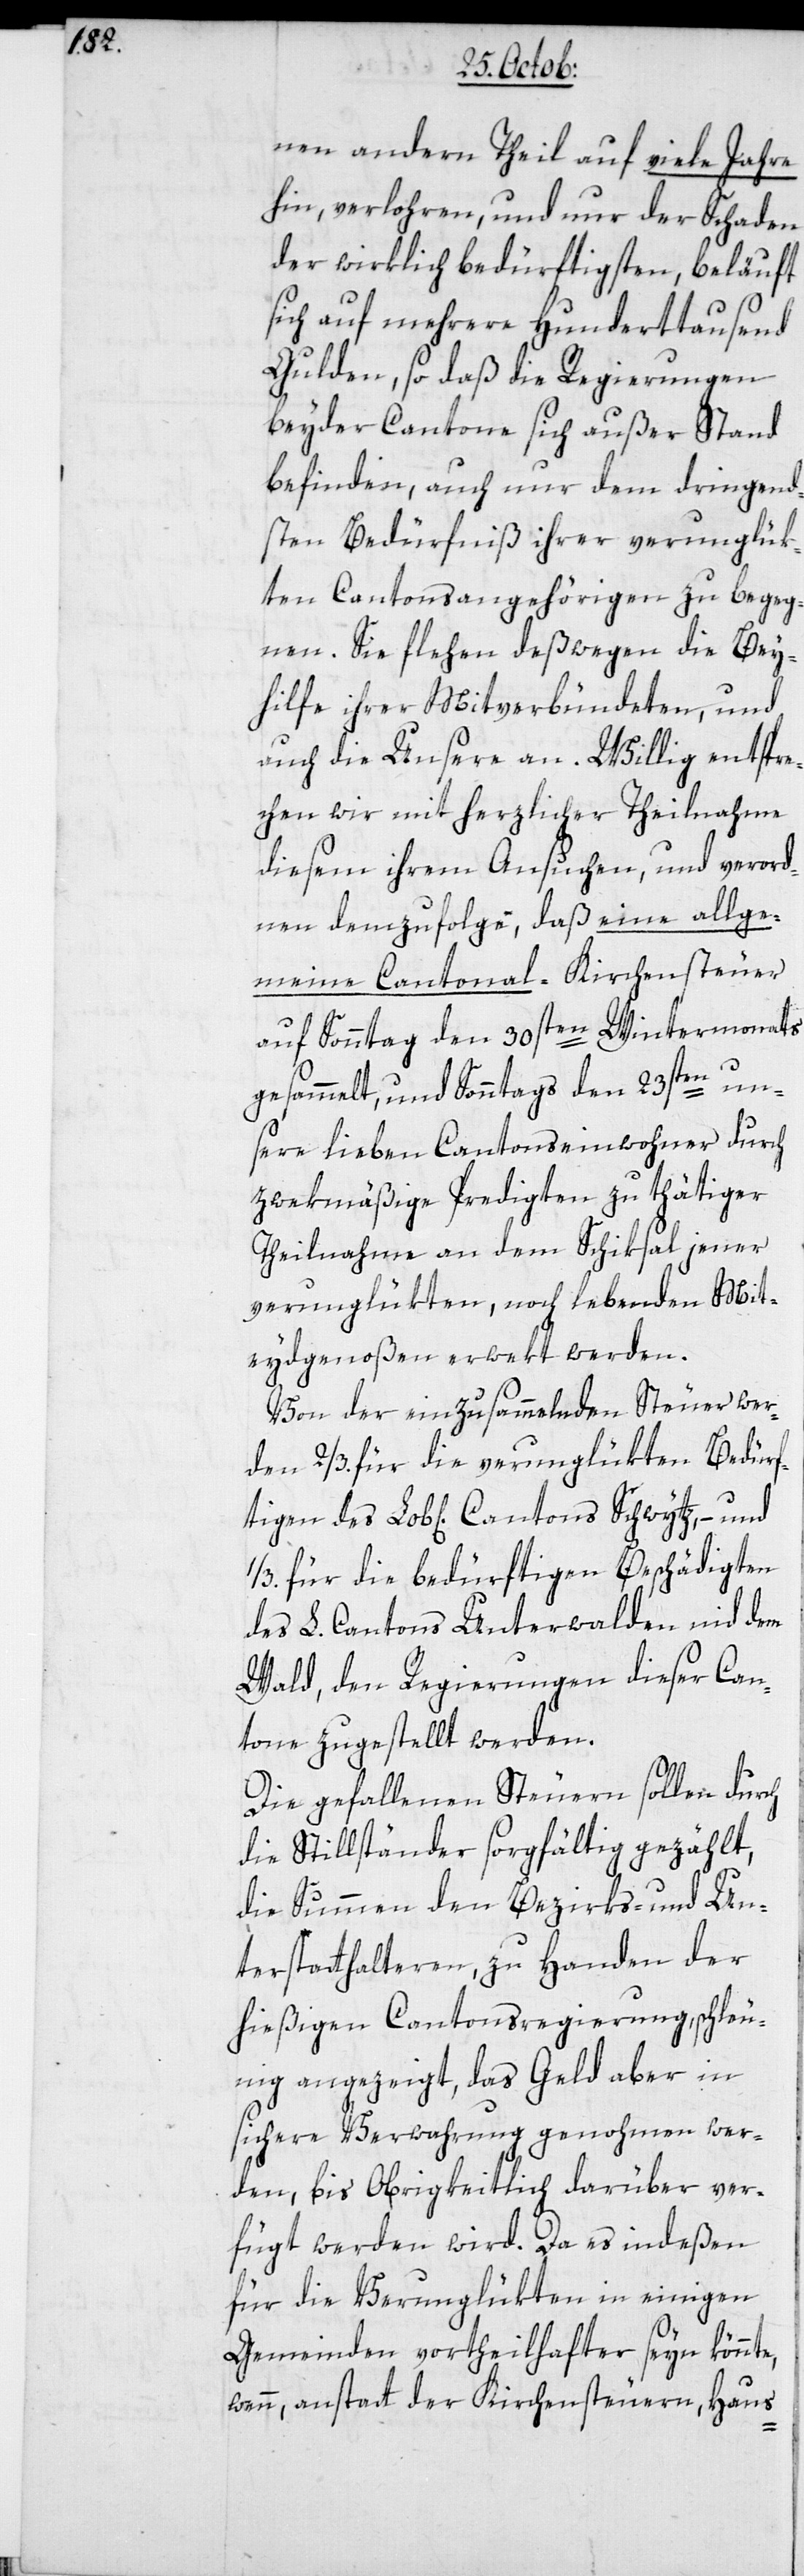
nen andern Theil auf viele Jahre
hin verlohren, und nur der Schaden
der wirklich bedürftigsten, beläuft
sich auf mehrere Hunderttausend
Gulden, so daß die Regierungen
beyder Cantone sich außer Stand
befinden, auch nur dem dringend¬
sten Bedürfniß ihrer verunglük¬
ten Cantonsangehörigen zu begeg¬
nen. Sie flehen deßwegen die Bey¬
hilfe ihrer Mitverbündeten und
auch die Unsere an. Willig entspre¬
chen wir mit herzlicher Theilnahme
diesem ihrem Ansuchen und verord¬
nen demzufolge, daß eine allge¬
meine Cantonal-Kirchensteuer
auf Sonntag den 30sten Wintermonats
gesammelt, und Sonntags den 23sten un¬
sere lieben Cantonseinwohner durch
zwekmäßige Predigten zu thätiger
Theilnahme an dem Schiksal jener
verunglükten, noch lebenden Mit¬
eydgenoßen erwekt werden.
Von der einzusammelnden Steuer wer¬
den ²/3. für die verunglükten Bedürf¬
¹/3. für die bedürftigen Beschädigten
des L. Cantons Unterwalden nid dem
Wald, den Regierungen dieser Can¬
tone zugestellt werden.
Die gefallenen Steuern sollen durch
die Stillständer sorgfältig gezählt,
die Summen den Bezirks- und Un¬
terstatthalteren zu Handen der
hießigen Cantonsregierung, schleu¬
nig angezeigt, das Geld aber in
sichere Verwahrung genohmen wer¬
den, bis Obrigkeitlich darüber ver¬
fügt werden wird. Da es indeßen
für die Verunglükten in einigen
Gemeinden vortheilhafter sein könnte,
wenn, anstatt der Kirchensteuern, Haus-
und